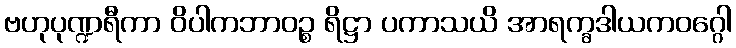
ဗဟုပုဏ္ဍရီကာ ဝိပါကဘာဝဉ္စ ရိဋ္ဌာ ပကာသယိ အာရက္ခဒါယကဝဂ္ဂေါ